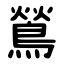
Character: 鶑